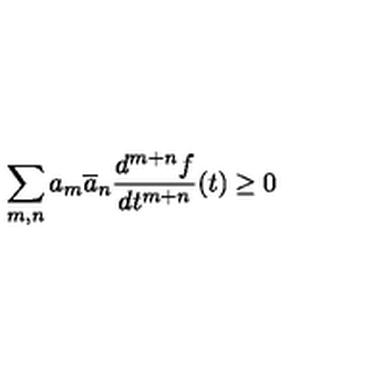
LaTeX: \sum _ { m , n } a _ { m } \overline { { a } } _ { n } \frac { d ^ { m + n } f } { d t ^ { m + n } } ( t ) \geq 0